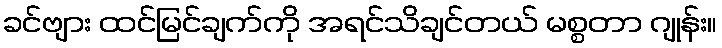
ခင်ဗျား ထင်မြင်ချက်ကို အရင်သိချင်တယ် မစ္စတာ ဂျုန်း။